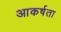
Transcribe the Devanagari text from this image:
आकर्षता